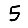
Digit: 5